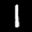
Label: 1